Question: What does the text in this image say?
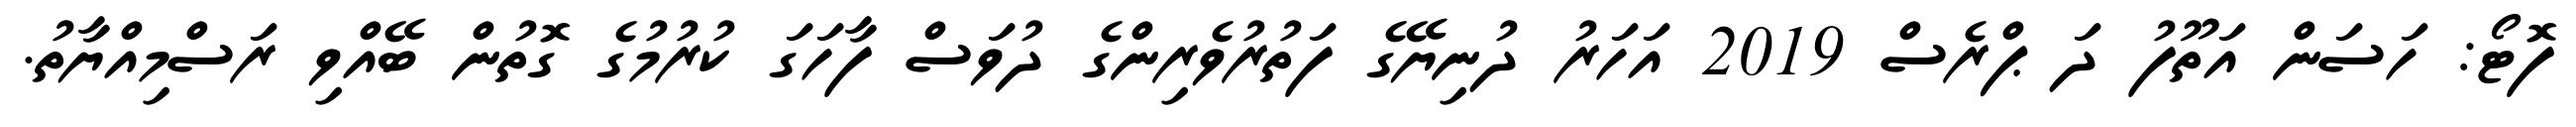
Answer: ފޮޓޯ: ހަސަން އަތޫފު ދަ ޕްރެސް 2019 އަހަރު ދުނިޔޭގެ ފަތުރުވެރިންގެ ދުވަސް ފާހަގަ ކުރުމުގެ ގޮތުން ބޭއްވި ރަސްމިއްޔާތު.